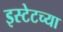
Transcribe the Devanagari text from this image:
इस्टेटच्या